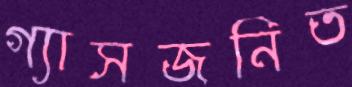
গ্যাসজনিত